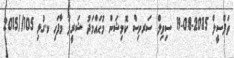
ތަފްސީލް 2015-08-19 ސިވިލް ސަރވިސް ކޮމިޝަން މުޙައްމަދު ޝަރީފު މާފަހި ކ.ގުޅި 105//2015